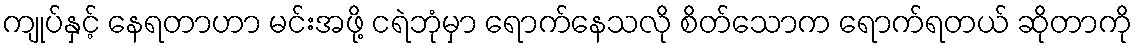
ကျုပ်နှင့် နေရတာဟာ မင်းအဖို့ ငရဲဘုံမှာ ရောက်နေသလို စိတ်သောက ရောက်ရတယ် ဆိုတာကို